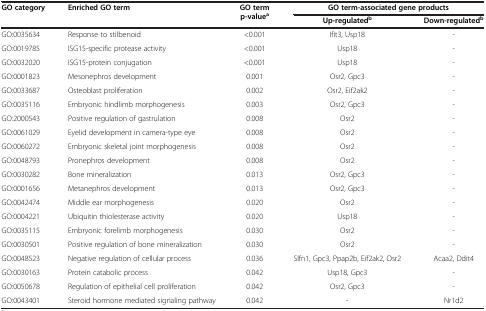
<table><thead><tr><td rowspan="2"><b>GO category</b></td><td rowspan="2"><b>Enriched GO term</b></td><td rowspan="2"><b>GO term p-value<sup>a</sup></b></td><td colspan="2"><b>GO term-associated gene products</b></td></tr><tr><td><b>Up-regulated<sup>b</sup></b></td><td><b>Down-regulated<sup>b</sup></b></td></tr></thead><tbody><tr><td>GO:0035634</td><td>Response to stilbenoid</td><td>&lt;0.001</td><td>Ifit3, Usp18</td><td>-</td></tr><tr><td>GO:0019785</td><td>ISG15-specific protease activity</td><td>&lt;0.001</td><td>Usp18</td><td>-</td></tr><tr><td>GO:0032020</td><td>ISG15-protein conjugation</td><td>&lt;0.001</td><td>Usp18</td><td>-</td></tr><tr><td>GO:0001823</td><td>Mesonephros development</td><td>0.001</td><td>Osr2, Gpc3</td><td>-</td></tr><tr><td>GO:0033687</td><td>Osteoblast proliferation</td><td>0.002</td><td>Osr2, Eif2ak2</td><td>-</td></tr><tr><td>GO:0035116</td><td>Embryonic hindlimb morphogenesis</td><td>0.003</td><td>Osr2, Gpc3</td><td>-</td></tr><tr><td>GO:2000543</td><td>Positive regulation of gastrulation</td><td>0.008</td><td>Osr2</td><td>-</td></tr><tr><td>GO:0061029</td><td>Eyelid development in camera-type eye</td><td>0.008</td><td>Osr2</td><td>-</td></tr><tr><td>GO:0060272</td><td>Embryonic skeletal joint morphogenesis</td><td>0.008</td><td>Osr2</td><td>-</td></tr><tr><td>GO:0048793</td><td>Pronephros development</td><td>0.008</td><td>Osr2</td><td>-</td></tr><tr><td>GO:0030282</td><td>Bone mineralization</td><td>0.013</td><td>Osr2, Gpc3</td><td>-</td></tr><tr><td>GO:0001656</td><td>Metanephros development</td><td>0.013</td><td>Osr2, Gpc3</td><td>-</td></tr><tr><td>GO:0042474</td><td>Middle ear morphogenesis</td><td>0.020</td><td>Osr2</td><td>-</td></tr><tr><td>GO:0004221</td><td>Ubiquitin thiolesterase activity</td><td>0.020</td><td>Usp18</td><td>-</td></tr><tr><td>GO:0035115</td><td>Embryonic forelimb morphogenesis</td><td>0.030</td><td>Osr2</td><td>-</td></tr><tr><td>GO:0030501</td><td>Positive regulation of bone mineralization</td><td>0.030</td><td>Osr2</td><td>-</td></tr><tr><td>GO:0048523</td><td>Negative regulation of cellular process</td><td>0.036</td><td>Slfn1, Gpc3, Ppap2b, Eif2ak2, Osr2</td><td>Acaa2, Ddit4</td></tr><tr><td>GO:0030163</td><td>Protein catabolic process</td><td>0.042</td><td>Usp18, Gpc3</td><td>-</td></tr><tr><td>GO:0050678</td><td>Regulation of epithelial cell proliferation</td><td>0.042</td><td>Osr2, Gpc3</td><td>-</td></tr><tr><td>GO:0043401</td><td>Steroid hormone mediated signaling pathway</td><td>0.042</td><td>-</td><td>Nr1d2</td></tr></tbody></table>